Civil Veterinary Department Bengal reports 1923-33 - 1923-1933
Year: 1923
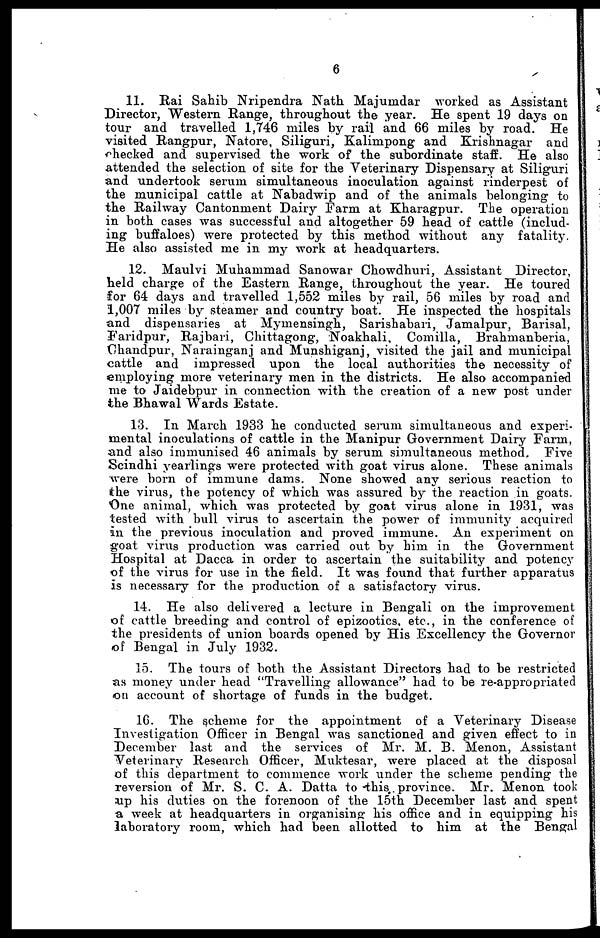
6
11. Rai Sahib Nripendra Nath Majumdar worked as Assistant
Director, Western Range, throughout the year. He spent 19 days on
tour and travelled 1,746 miles by rail and 66 miles by road. He
visited Rangpur, Natore, Siliguri, Kalimpong and Krishnagar and
checked and supervised the work of the subordinate staff. He also
attended the selection of site for the Veterinary Dispensary at Siliguri
and undertook serum simultaneous inoculation against rinderpest of
the municipal cattle at Nabadwip and of the animals belonging to
the Railway Cantonment Dairy Farm at Kharagpur. The operation
in both cases was successful and altogether 59 head of cattle (includ-
ing buffaloes) were protected by this method without any fatality.
He also assisted me in my work at headquarters.
12. Maulvi Muhammad Sanowar Chowdhuri, Assistant Director,
held charge of the Eastern Range, throughout the year. He toured
for 64 days and travelled 1,552 miles by rail, 56 miles by road and
1,007 miles by steamer and country boat. He inspected the hospitals
and dispensaries at Mymensingh, Sarishabari, Jamalpur, Barisal,
Faridpur, Rajbari, Chittagong, Noakhali, Comilla, Brahmanberia,
Chandpur, Narainganj and Munshiganj, visited the jail and municipal
cattle and impressed upon the local authorities the necessity of
employing more veterinary men in the districts. He also accompanied
me to Jaidebpur in connection with the creation of a new post under
the Bhawal Wards Estate.
13. In March 1933 he conducted serum simultaneous and experi-
mental inoculations of cattle in the Manipur Government Dairy Farm,
and also immunised 46 animals by serum simultaneous method. Five
Scindhi yearlings were protected with goat virus alone. These animals
were born of immune dams. None showed any serious reaction to
the virus, the potency of which was assured by the reaction in goats.
One animal, which was protected by goat virus alone in 1931, was
tested with bull virus to ascertain the power of immunity acquired
in the previous inoculation and proved immune. An experiment on
goat virus production was carried out by him in the Government
Hospital at Dacca in order to ascertain the suitability and potency
of the virus for use in the field. It was found that further apparatus
is necessary for the production of a satisfactory virus.
14. He also delivered a lecture in Bengali on the improvement
of cattle breeding and control of epizootics, etc., in the conference of
the presidents of union boards opened by His Excellency the Governor
of Bengal in July 1932.
15. The tours of both the Assistant Directors had to be restricted
as money under head "Travelling allowance" had to be re-appropriated
on account of shortage of funds in the budget.
16. The scheme for the appointment of a Veterinary Disease
Investigation Officer in Bengal was sanctioned and given effect to in
December last and the services of Mr. M. B. Menon, Assistant
Veterinary Research Officer, Muktesar, were placed at the disposal
of this department to commence work under the scheme pending the
reversion of Mr. S. C. A. Datta to this province. Mr. Menon took
up his duties on the forenoon of the 15th December last and spent
a week at headquarters in organising his office and in equipping his
laboratory room, which had been allotted to him at the Bengal